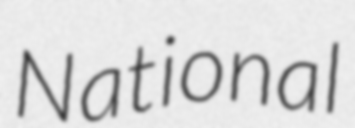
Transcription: National